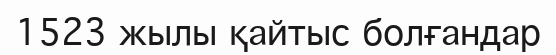
1523 жылы қайтыс болғандар